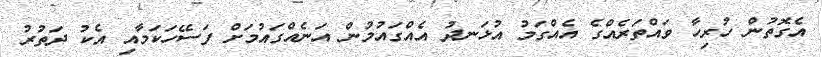
އެގޮތުން ހުރިހާ ވައްތަރެއްގެ އެއްގަމު އުޅަނދު އެއްގައުމުން އަނެއްގައުމަށް ފަސޭހަކަމާއި އެކު ދަތުރު